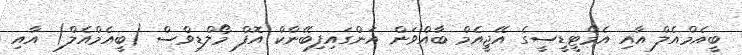
ބީއެމްއެލް އާއި އެމްޓީޑީސީގެ އޭޖީއެމް ބާއްވަން އަންގައިފިބޭންކް އޮފް މޯލްޑިވްސް (ބީއެމްއެލް) އާއި